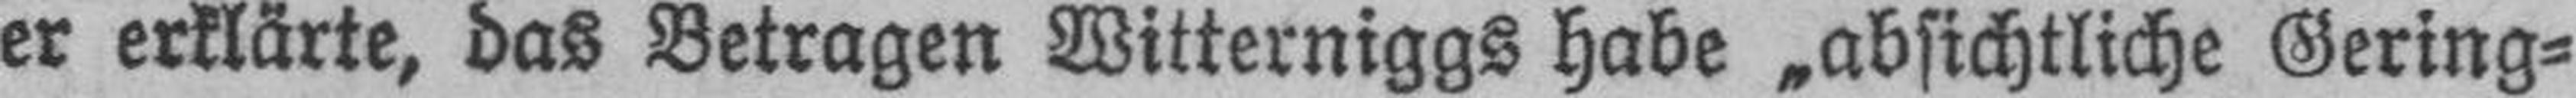
er erklärte, das Betragen Witterniggs habe „absichtliche Gering¬